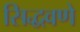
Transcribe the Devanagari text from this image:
सिद्धवणे